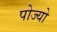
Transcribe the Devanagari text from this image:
पोज्यो